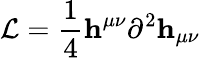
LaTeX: {\cal L}={\frac{1}{4}}{\mathbf h}^{\mu\nu}\partial^{2}{\mathbf h}_{\mu\nu}